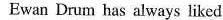
Ewan Drum has always liked